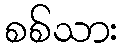
စစ်သား